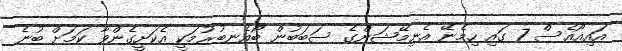
އައިއޯއެސް 7 ގައި ހިމެނޭ އެނިމޭޝަންގެ ސަބަބުން ބޯއެނބުރުމަކީ އެކަށީގެންވާ ކަމަށް ބުނެ